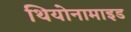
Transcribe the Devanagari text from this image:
थियोनामाइड